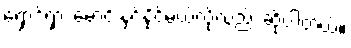
ရှောင်ရှား မောင်းနှင်နိုင်မယ်လို့လည်း ဆိုပါတယ်။